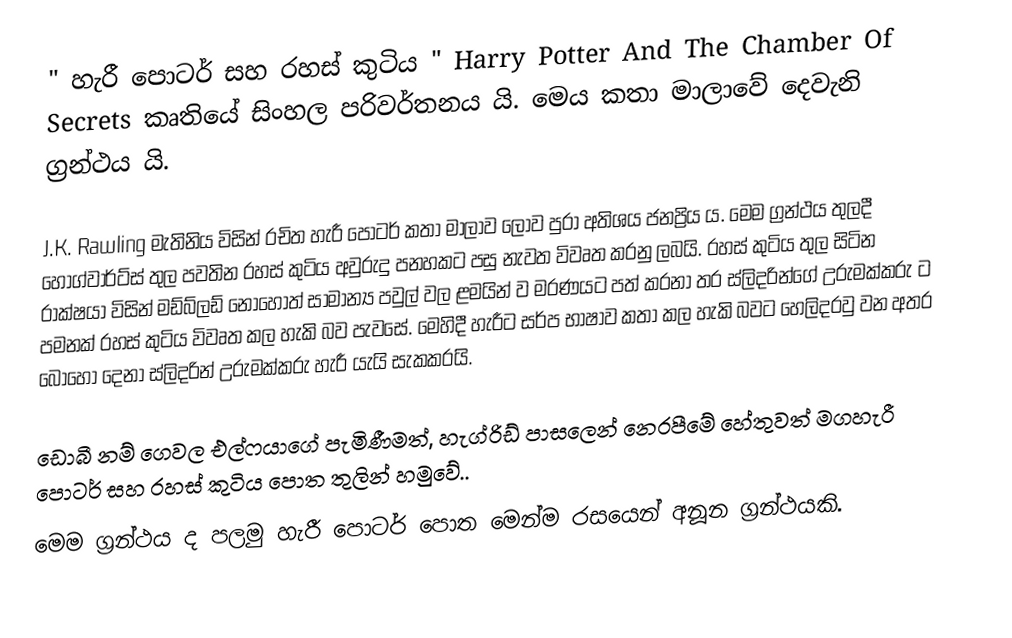
" හැරී පොටර් සහ රහස් කුටිය "  Harry Potter And The Chamber Of Secrets කෘතියේ සිංහල පරිවර්තනය යි. මෙය කතා මාලාවේ දෙවැනි ග්‍රන්ථය යි.

J.K. Rawling  මැතිනිය විසින් රචිත හැරී පොටර් කතා මාලාව ලොව පුරා අතිශය ජනප්‍රිය ය. මෙම ග්‍රන්ථය තුලදී හොග්වාර්ට්ස් තුල පවතින රහස් කුටිය අවුරුදු පනහකට පසු නැවත විවෘත කරනු ලබයි. රහස් කුටිය තුල සිටින රාක්ෂ⁣යා විසින් මඩ්බ්ලඩ් නොහොත් සාමාන්‍ය පවුල් වල ළමයින් ව මරණයට පත් කරනා තර ස්ලිදරින්ගේ උරුමක්කරු ට පමනක් රහස් කුටිය විවෘත කල හැකි බව පැවසේ. මෙහිදී හැරීට සර්ප භාෂාව කතා කල හැකි බවට හෙලිදරවු වන අතර බොහෝ දෙනා ස්ලිදරින් උරුමක්කරු හැරී යැයි සැකකරයි.

ඩොබී නම් ගෙවල එල්ෆයාගේ පැමිණීමත්, හැග්රිඩ් පාසලෙන් නෙරපීමේ හේතුවත් මගහැරී පොටර් සහ රහස් කුටිය පොත ⁣තුලින් හමුවේ..
මෙම ග්‍රන්ථය ද පලමු හැරී පොටර් පොත මෙන්ම රසයෙන් අනූන ග්‍රන්ථයකි.